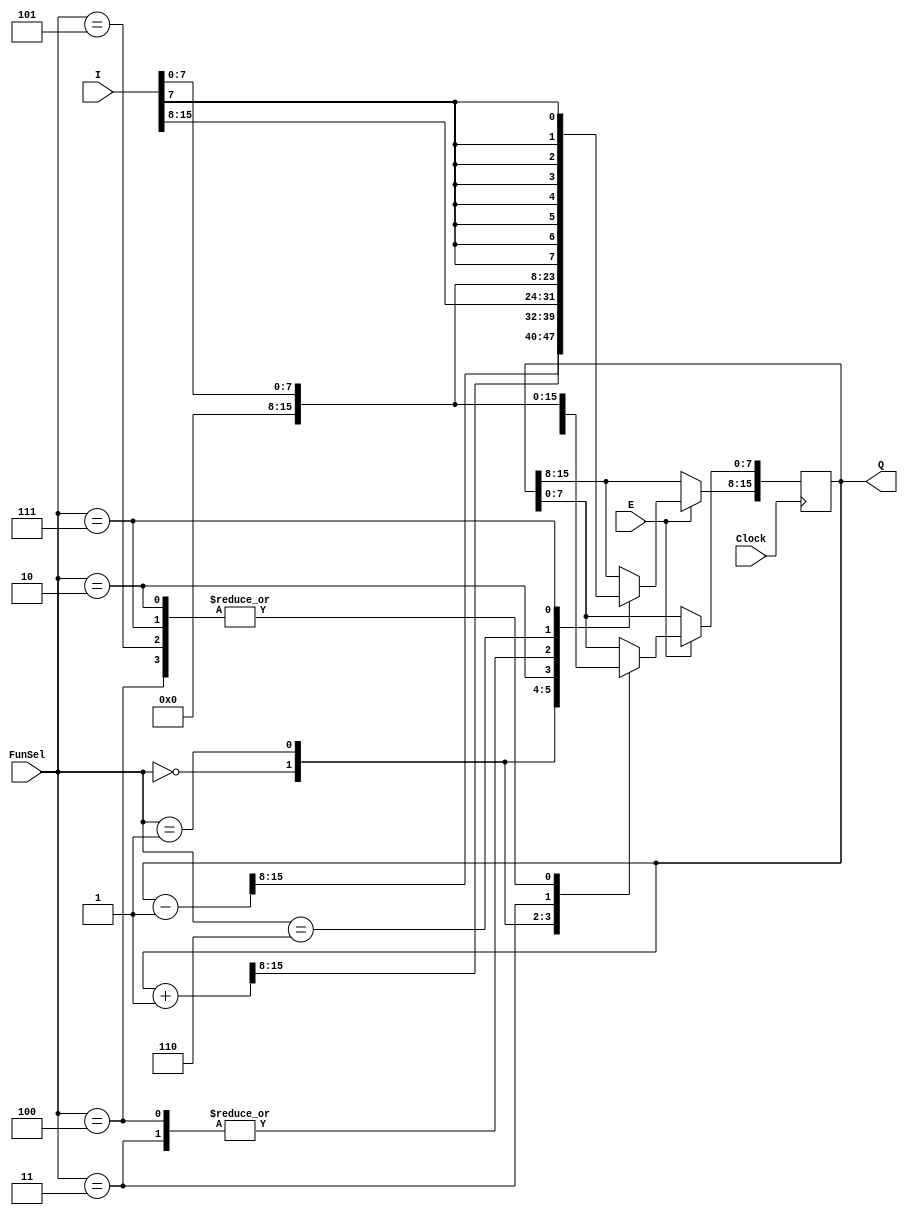
`timescale 1ns / 1ps
//////////////////////////////////////////////////////////////////////////////////
// Company: ITU Computer Engineering Department
// Project Name: BLG222E Project 1
//////////////////////////////////////////////////////////////////////////////////


module Register(Clock,I,FunSel,E,Q);

    input wire [15:0] I;
    input wire [2:0] FunSel;
    input wire E;
    input wire Clock;
    output reg [15:0] Q;
    always @(posedge Clock)
        begin
        if(E)
        begin
            case(FunSel)
                3'b000   :   Q <= Q - {{15{1'b0}},1'b1};
                3'b001   :   Q <= Q + {{15{1'b0}},1'b1};
                3'b010   :   Q <= I[15:0];
                3'b011   :   Q <= {16{1'b0}};
                3'b100   :   begin
                             Q[15:8] <= 8'b0;
                             Q[7:0] <= I[7:0];
                             end
                3'b101   :   Q[7:0] <= I[7:0];
                3'b110   :   Q[15:8] <= I[7:0];
                3'b111   :   begin
                             Q[15:8] <= {8{I[7]}};
                             Q[7:0] <= I[7:0];
                             end
            default     :   Q <= Q;
            endcase
        end 
        else
        begin
        Q<=Q;
        end
        end
endmodule